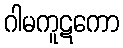
ဂါမကူဋကော